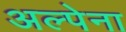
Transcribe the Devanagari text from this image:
अल्पेना